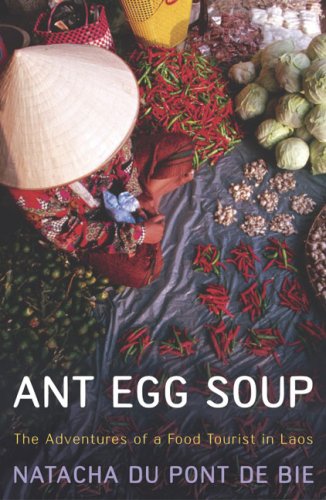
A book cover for Ant Egg Soup: The Adventures of a Food Tourist in Laos; Natacha Du Pont De Bie; Travel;